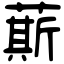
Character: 䔮